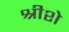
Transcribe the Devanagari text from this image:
श्रीशे